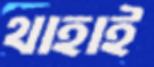
থাহাই